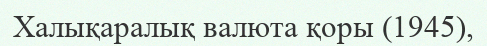
Халықаралық валюта қоры (1945),